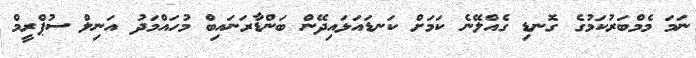
ނަމަ މެމްބަރުކަމުގެ ގޮނޑި ގެއްލޭނެ ކަމަށް ކަނޑައަޅައިދޭން ބަންޑާރަނައިބް މުހައްމަދު އަނިލް ސުޕްރީމް